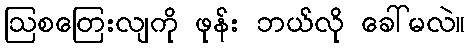
ဩစတြေးလျကို ဖုန်း ဘယ်လို ခေါ်မလဲ။